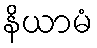
နိယာမံ